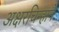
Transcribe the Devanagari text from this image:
अक्षरचिन्हाने